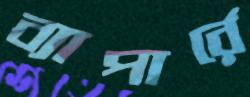
ব্যাপার্রে